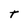
Character: t